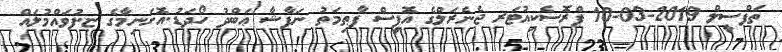
ތަފްސީލް 2019-03-10 ޕްރޮސެކިއުޓަރ ޖެނެރަލްގެ އޮފީސް ފާޠިމަތު ނަފާޝާ ޢަބްދު ހޯދަޑު.އޮށަނިމާގެ ޏ.ފުވައްމުލައް